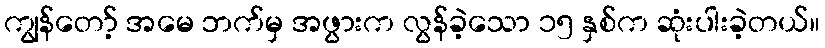
ကျွန်တော့် အမေ ဘက်မှ အဖွားက လွန်ခဲ့သော ၁၅ နှစ်က ဆုံးပါးခဲ့တယ်။